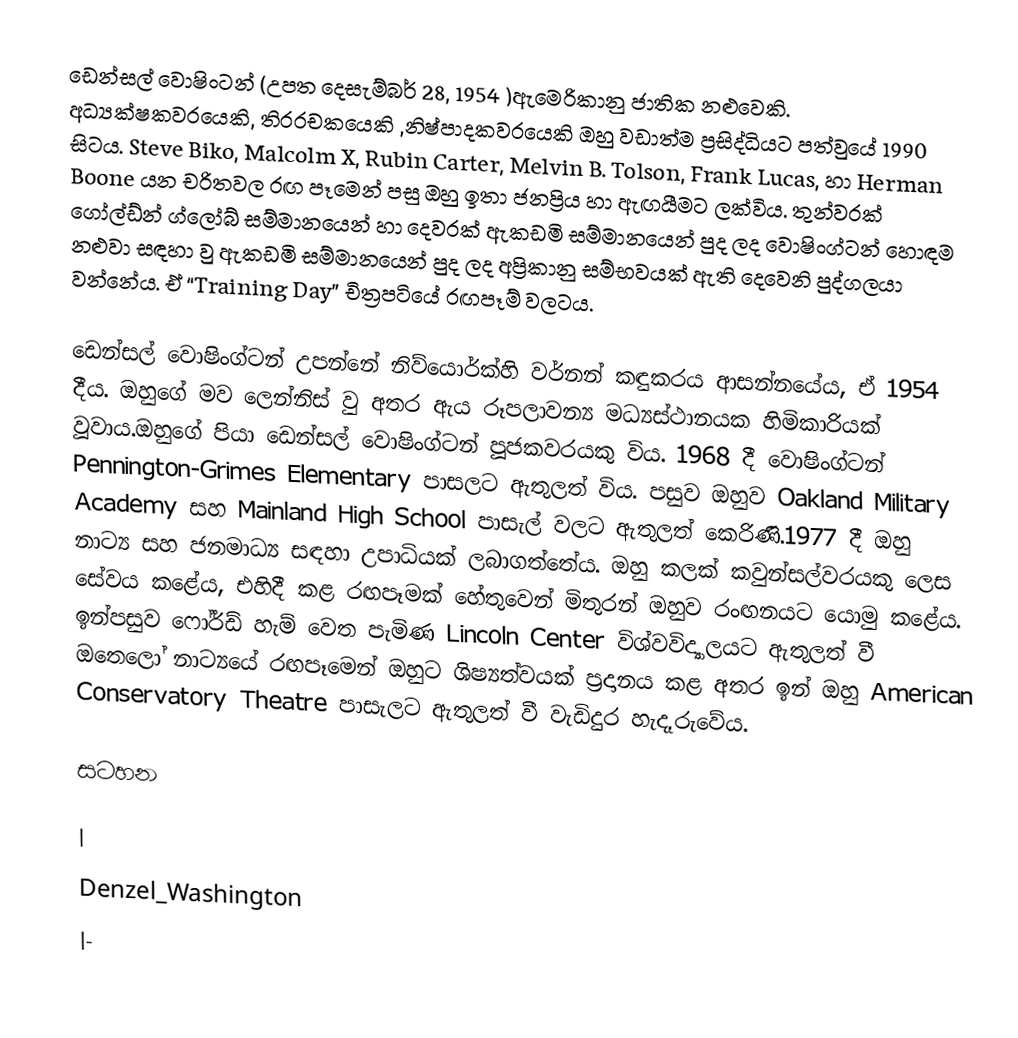
ඩෙන්සල් වොෂිංටන් (උපත දෙසැම්බර් 28, 1954 )ඇමෙරිකානු ජාතික නළුවෙකි. අධ්‍යක්ෂකවරයෙකි, තිරරචකයෙකි ,නිෂ්පාදකවරයෙකි ඔහු වඩාත්ම ප්‍රසිද්ධියට පත්වුයේ 1990 සිටය. Steve Biko, Malcolm X, Rubin Carter, Melvin B. Tolson, Frank Lucas, හා Herman Boone යන චරිතවල රඟ පෑමෙන් පසු ඔහු ඉතා ජනප්‍රිය හා ඇඟයීමට ලක්විය. තුන්වරක් ගෝල්ඩ්න් ග්ලෝබ් සම්මානයෙන් හා දෙවරක් ඇකඩමි සම්මානයෙන් පුද ලද වොෂිංග්ටන් හොඳම නළුවා සඳහා වු ඇකඩමි සම්මානයෙන් පුද ලද අප්‍රිකානු සම්භවයක් ඇති දෙවෙනි පුද්ගලයා වන්නේය. ඒ “Training Day”  චිත්‍රපටියේ රඟපෑම් වලටය.

ඩෙන්සල් වොෂිංග්ටන් උපන්නේ නිව්යොර්ක්හි වර්නන් කඳුකරය ආසන්නයේය, ඒ 1954 දීය. ඔහුගේ මව ලෙන්නිස් වු අතර ඇය රූපලාවන්‍ය මධ්‍යස්ථානයක හිමිකාරියක් වූවාය.ඔහුගේ පියා ඩෙන්සල් වොෂිංග්ටන්  පූජකවරයකු විය. 1968 දී වොෂිංග්ටන් Pennington-Grimes Elementary පාසලට ඇතුලත් විය. පසුව ඔහුව Oakland Military Academy සහ Mainland High School පාසැල් වලට ඇතුලත් කෙරිණි.1977 දී ඔහු නාට්‍ය සහ ජනමාධ්‍ය සඳහා උපාධියක් ලබාගත්තේය. ඔහු කලක් කවුන්සල්වරයකු ලෙස සේවය කළේය, එහිදී කළ රඟපෑමක් හේතුවෙන් මිතුරන් ඔහුව රංඟනයට යොමු කළේය. ඉන්පසුව ෆෝර්ඩ් හැම් වෙත පැමිණ Lincoln Center විශ්වවිද්‍යාලයට ඇතුලත් වී ඔතෙලෝ නාට්‍යයේ රඟපෑමෙන් ඔහුට  ශිෂ්‍යත්වයක් ප්‍රදානය කළ අතර ඉන් ඔහු American Conservatory Theatre පාසැලට ඇතුලත් වී වැඩිදුර හැදෑරුවේය.

සටහන

|
Denzel_Washington
|-